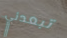
تبعدني